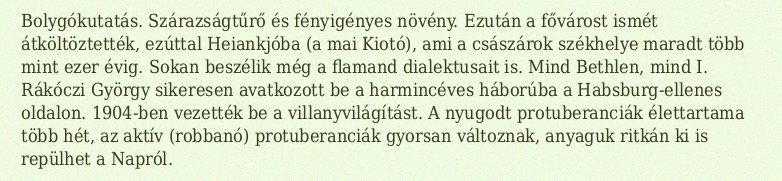
Bolygókutatás. Szárazságtűrő és fényigényes növény. Ezután a fővárost ismét átköltöztették, ezúttal Heiankjóba (a mai Kiotó), ami a császárok székhelye maradt több mint ezer évig. Sokan beszélik még a flamand dialektusait is. Mind Bethlen, mind I. Rákóczi György sikeresen avatkozott be a harmincéves háborúba a Habsburg-ellenes oldalon. 1904-ben vezették be a villanyvilágítást. A nyugodt protuberanciák élettartama több hét, az aktív (robbanó) protuberanciák gyorsan változnak, anyaguk ritkán ki is repülhet a Napról.